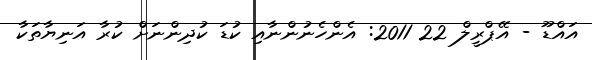
އައްޑޫ - އޭޕްރީލް 22 2011: އެންހެނުންނާއި ކުޑަ ކުދިންނަށް ކުރާ އަނިޔާތަކާ